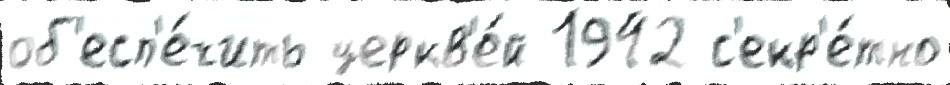
об'есп'е́чить церкв'е́й 1942 с'екр'е́тно